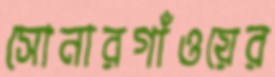
সোনারগাঁওয়ের